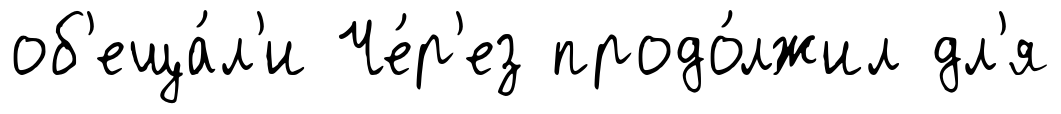
об'еща́л'и Че́р'ез продо́лжил дл'я